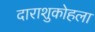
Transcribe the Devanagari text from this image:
दाराशुकोहला